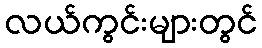
လယ်ကွင်းများတွင်